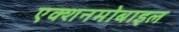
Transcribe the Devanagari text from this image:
एक्शनमोबाइल